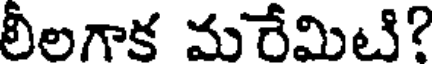
లీలగాక మరేమిటి?